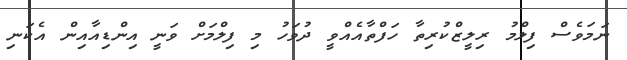
ނަމަވެސް ފިލްމު ރިލީޒްކުރިތާ ހަފްތާއެއްވީ ދުވަހު މި ފިލްމަށް ވަނީ އިންޑިއާއިން އެކަނި